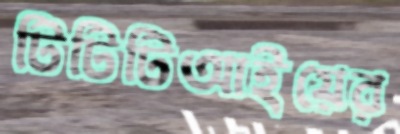
টিটিটিআইয়ের